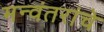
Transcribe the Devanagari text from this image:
मन्वंतरांचे